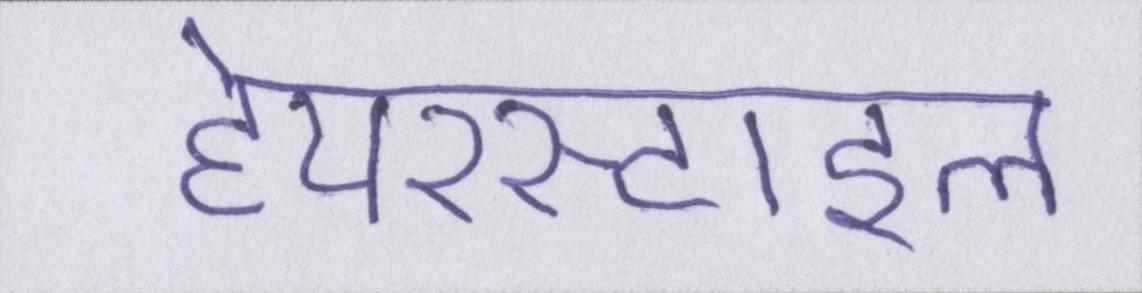
हेयरस्टाइल